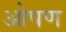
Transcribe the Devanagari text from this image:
ओपण